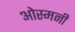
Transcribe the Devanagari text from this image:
ओस्मनी